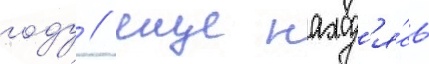
году / еще наход'я́сь